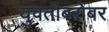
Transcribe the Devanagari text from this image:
युवतीबरोबर